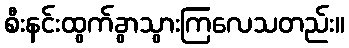
စီးနင်းထွက်ခွာသွားကြလေသတည်း။